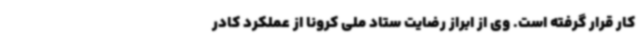
کار قرار گرفته است. وی از ابراز رضایت ستاد ملی کرونا از عملکرد کادر